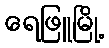
ရေဖြူမြို့